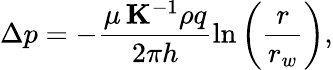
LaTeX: \Delta p=-\frac{\mu\, \mathbf{K}^{-1}\rho q}{2\pi h}\ln\left(\frac{r}{r_{w}}\right),